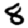
Digit: 8